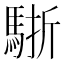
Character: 𩣩